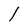
Character: l